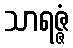
သာရဇ္ဇံ